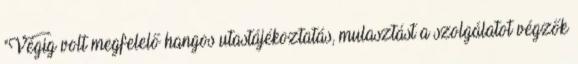
"Végig volt megfelelő hangos utastájékoztatás, mulasztást a szolgálatot végzők